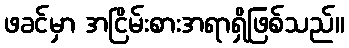
ဖခင်မှာ အငြိမ်းစားအရာရှိဖြစ်သည်။